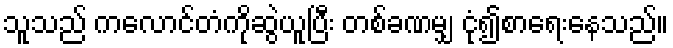
သူသည် ကလောင်တံကိုဆွဲယူပြီး တစ်ခဏမျှ ငုံ၍စာရေးနေသည်။